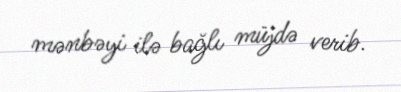
mənbəyi ilə bağlı müjdə verib.